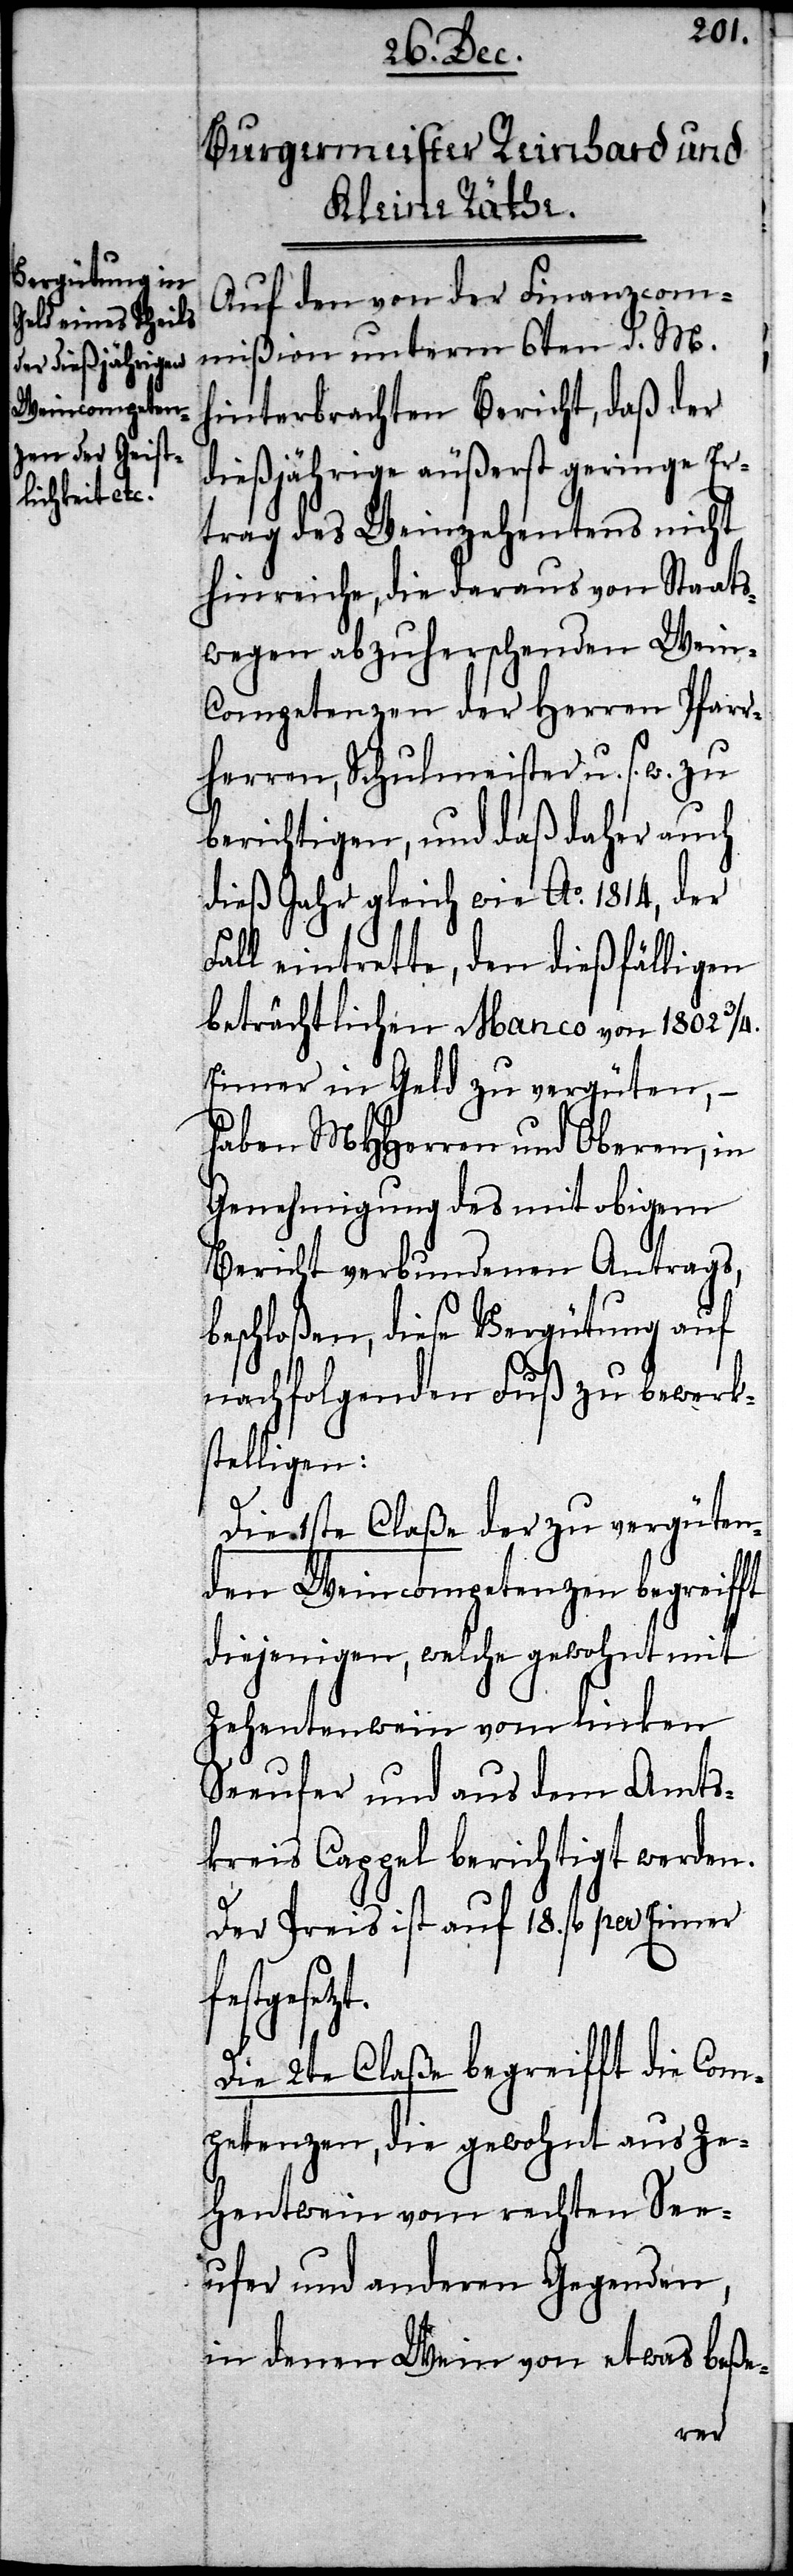
Auf den von der Finanzcom¬
mißion unterm 6ten d. M.
hinterbrachten Bericht, daß der
dießjährige äußerst geringe Er¬
trag des Weinzehentens nicht
hinreiche, die daraus von Staats¬
wegen abzuherschenden Wein-C¬
ompetenzen der Herren Pfarr¬
herren, Schulmeister u. s. w.
berichtigen, und daß daher auch
dieß Jahr gleich wie Ao. 1814, der
Fall eintrette, den dießfälligen
beträchtlichen Manco von 1802 ¾.
Eimer in Geld zu vergüten, –
haben MHHerren und Oberen, in
Genehmigung des mit obigem
Bericht verbundenen Antrags,
beschloßen, diese Vergütung auf
nachfolgenden Fuß zu bewerks¬
telligen:
Die 1ste Claße der zu vergüten¬
den Weincompetenzen begreifft
diejenigen, welche gewohnt mit
Zehentenwein vom linken
Seeufer und aus dem Amts¬
kreis Cappel berichtiget werden.
Der Preis ist auf 18. fl per Eimer
esetzt.
Die 2te Claße begreifft die Com¬
petenzen, die gewohnt aus Ze¬
hentwein vom rechten See¬
ufer und anderen Gegenden,
in denen Wein von etwas beße-